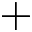
+